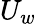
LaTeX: U_{w}